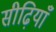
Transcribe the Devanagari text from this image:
सीढ़ियाँ